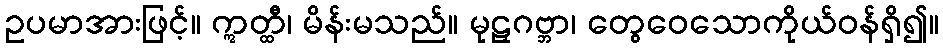
ဥပမာအားဖြင့်။ ဣတ္ထီ၊ မိန်းမသည်။ မုဠှဂဗ္ဘာ၊ တွေဝေသောကိုယ်ဝန်ရှိ၍။